Lunatic asylums in Bengal annual reports 1912-1924 - 1912-1924
Year: 1912
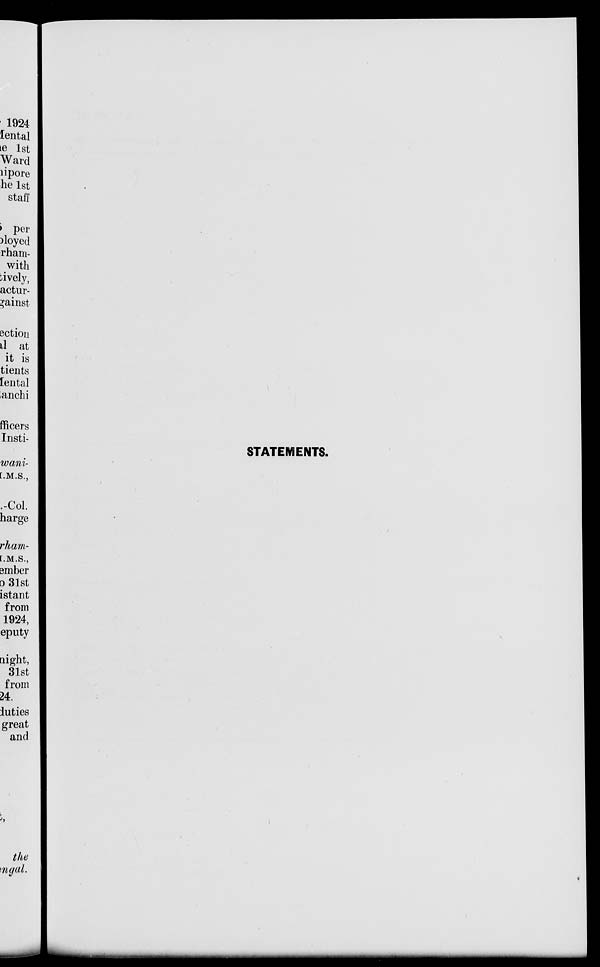
STATEMENTS.